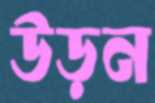
উড়ন